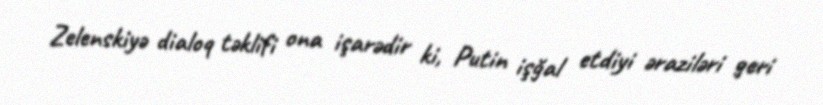
Zelenskiyə dialoq təklifi ona işarədir ki, Putin işğal etdiyi əraziləri geri